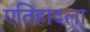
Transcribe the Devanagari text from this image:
एतिहादला